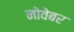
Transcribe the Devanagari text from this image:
नोवेबर